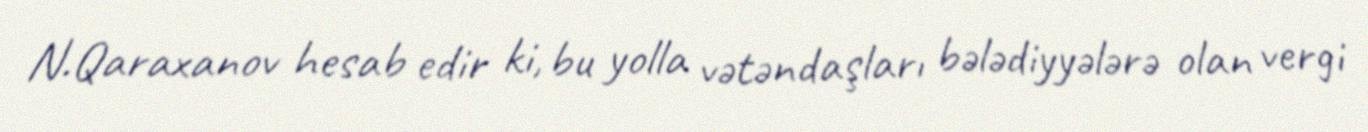
N.Qaraxanov hesab edir ki, bu yolla vətəndaşları bələdiyyələrə olan vergi